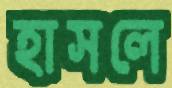
হাসলে